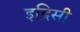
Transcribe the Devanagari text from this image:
इद्रिसी